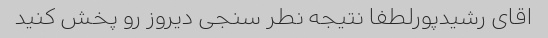
اقای رشیدپورلطفا نتیجه نطر سنجی دیروز رو پخش کنید